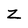
Character: Z